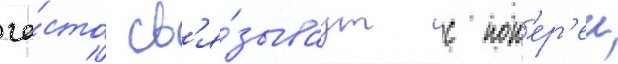
ча́сто св'я́зываут с пот'ер'еи